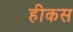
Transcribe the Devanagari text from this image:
हीकस